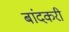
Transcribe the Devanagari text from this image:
बांदकरी